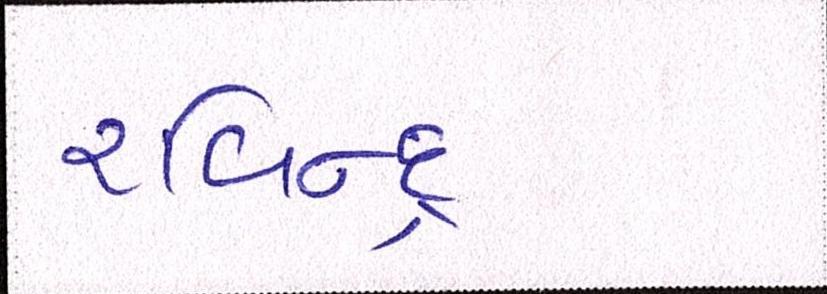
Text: રવિન્દ્ર